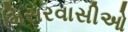
મિસરવાસીઓ